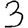
Digit: 3